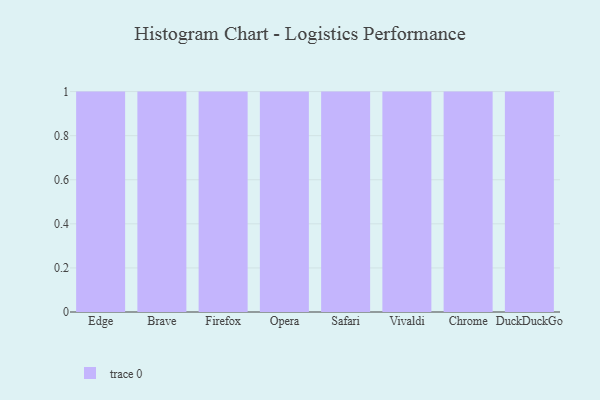
{"axis": {"x": "Browser", "y": "Tickets Resolved"}, "legend": [""], "data": [{"x": "Edge", "y": 39, "type": ""}, {"x": "Brave", "y": 8, "type": ""}, {"x": "Firefox", "y": 19, "type": ""}, {"x": "Opera", "y": 97, "type": ""}, {"x": "Safari", "y": 28, "type": ""}, {"x": "Vivaldi", "y": 32, "type": ""}, {"x": "Chrome", "y": 12, "type": ""}, {"x": "DuckDuckGo", "y": 16, "type": ""}]}